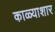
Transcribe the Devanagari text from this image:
काळ्याशार